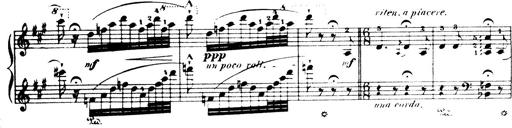
Title: Wagner-Liszt Album
Composer: Franz Liszt